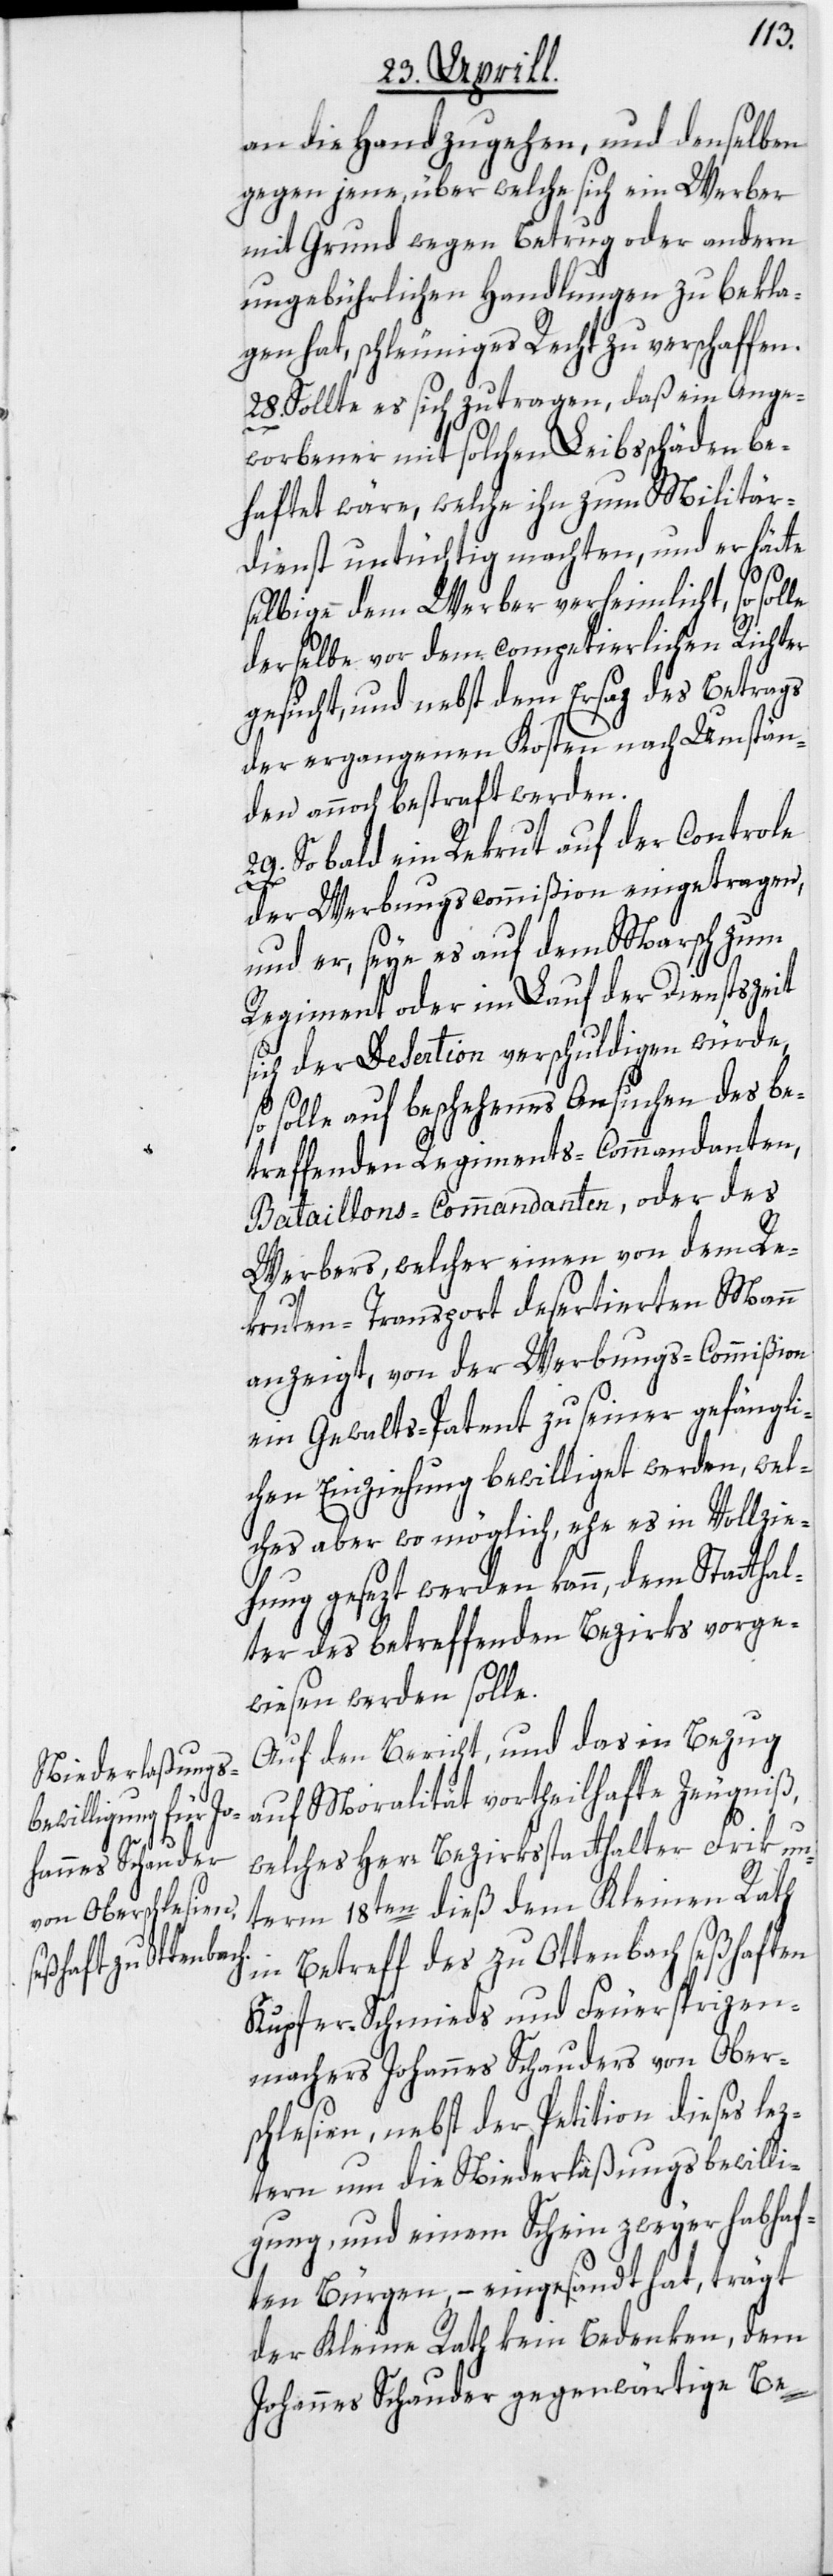
an die Hand zu gehen, und denselben
gegen jene, über welche sich ein Werber
mit Grund wegen Betrug oder andern
ungebührlichen Handlungen zu bekla¬
gen hat, schleuniges Recht zu verschaffen.
28. Sollte es sich zutragen, daß ein Ange¬
worbener mit solchen Leibsschäden be¬
haftet wäre, welche ihn zum Militär¬
dienst untüchtig machten, und er hätte
selbige dem Werber verheimlicht, so solle
derselbe vor dem competierlichen Richter
gesucht, und nebst dem Ersaz des Betrags
der ergangenen Kosten nach Umstän¬
den annoch bestraft werden.
29. So bald ein Rekrut auf der Controle
der Werbungscommißion eingetragen,
und er, seye es auf dem Marsch zum
Regiment oder im Lauf der Dienstszeit
sich der Desertion verschuldigen würde,
so solle auf beschehenes Ansuchen des be¬
treffenden Regiments-Commandanten,
Bataillons-Commandanten, oder des
Werbers, welcher einen von dem Re¬
kruten-Transport desertierten Mann
anzeigt, von der Werbungs-Commißion
ein Gewalts-Patent zu seiner gefängli¬
chen Einziehung bewilliget werden, wel¬
ches aber wo möglich, ehe es in Vollzie¬
hung gesezt werden kann, dem Statthal¬
ter des betreffenden Bezirks vorge¬
wiesen werden solle.
Auf den Bericht, und das in Bezug
auf Moralität vortheilhafte Zeugniß,
welches Herr Bezirksstatthalter Frik un¬
term 18ten dieß dem Kleinen Rath
in Betreff des zu Ottenbach seßhaften
Kupfer-Schmieds und Feuersprizen¬
machers Johannes Schauders von Ober¬
schlesien, nebst der Petition dieses lez¬
tern um die Niederlaßungsbewilli¬
gung, und einem Schein zweyer habhaf¬
ten Bürgen, – eingesandt hat, trägt
der Kleine Rath kein Bedenken, dem
Johannes Schauder gegenwärtige Be-